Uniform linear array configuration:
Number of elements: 64
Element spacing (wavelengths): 0.5
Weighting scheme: hann
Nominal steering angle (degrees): -30
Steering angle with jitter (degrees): -31.714
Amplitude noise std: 0.05
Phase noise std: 0.05

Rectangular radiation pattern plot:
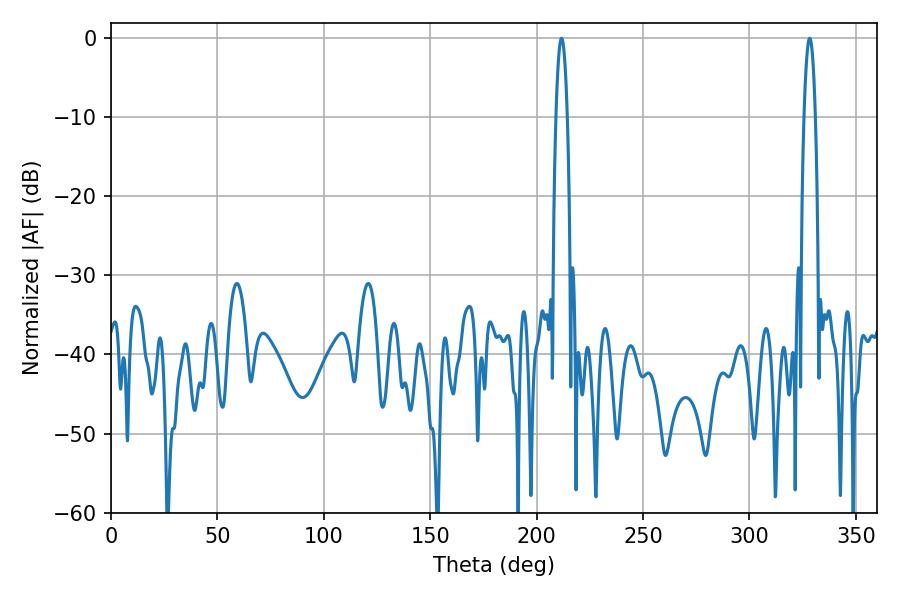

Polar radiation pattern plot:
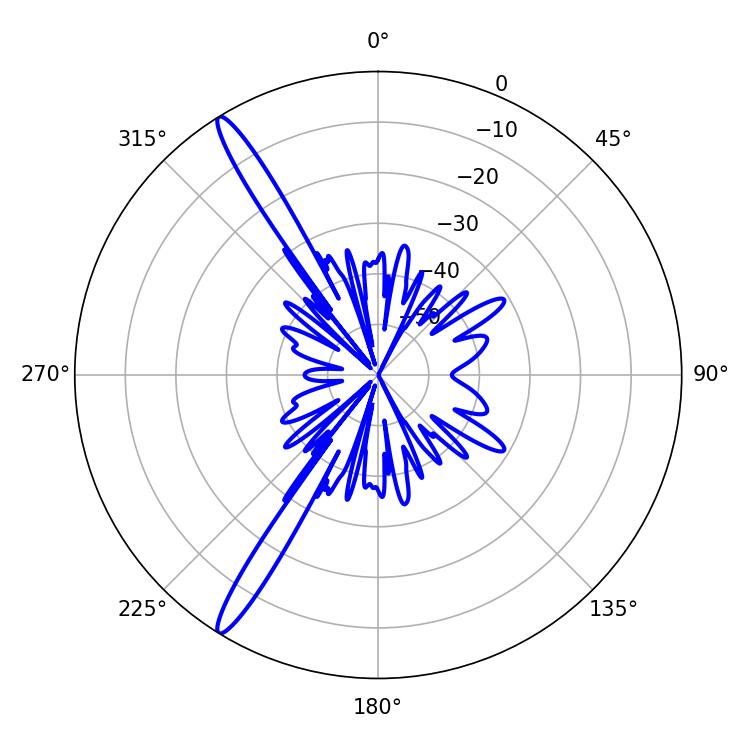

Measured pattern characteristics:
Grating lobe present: FALSE
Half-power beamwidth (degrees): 2.88
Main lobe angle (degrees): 211.68